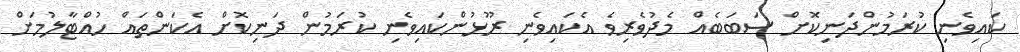
ކައިވެނި ކުރަމުންދަނިކޮށް ސަބަބެއް މެދުވެރިވެ އެކައިވެނި ރޫޅުންކައިވެނި ކުރަމުން ދަނިކޮށް އެކަންތައް ހުއްޓާލުމަށް